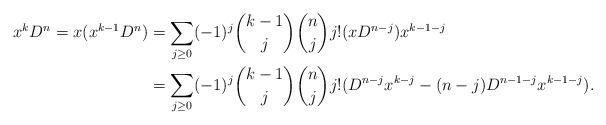
LaTeX: \begin{align*}x^kD^n = x(x^{k-1}D^{n}) &= \sum_{j\ge 0} (-1)^{j}{{k-1}\choose {j}}{{n}\choose {j}} j! (xD^{n-j})x^{k-1-j} \\ &= \sum_{j\ge 0} (-1)^{j}{{k-1}\choose {j}}{{n}\choose {j}} j! (D^{n-j}x^{k-j}-(n-j)D^{n-1-j}x^{k-1-j}).\\\end{align*}